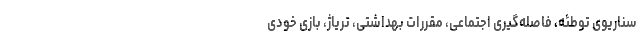
سناریوی توطئه، فاصله‌گیری اجتماعی، مقررات بهداشتی، تریاژ، بازی خودی